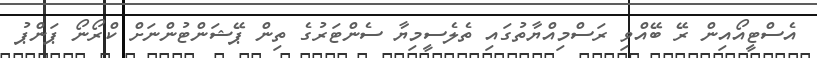
އެސްޓީއޯއިން ރޭ ބޭއްވި ރަސްމިއްޔާތުގައި ތެލެސީމިޔާ ސެންޓަރުގެ ތިން ޕޭޝަންޓުންނަށް ކްރޯނޯ ޕަންޕު